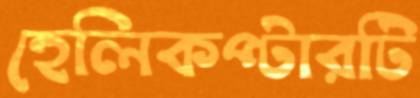
হেলিকপ্টারটি